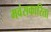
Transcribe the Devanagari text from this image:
मवंसकारिता